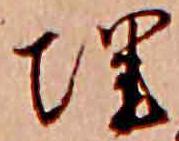
埋